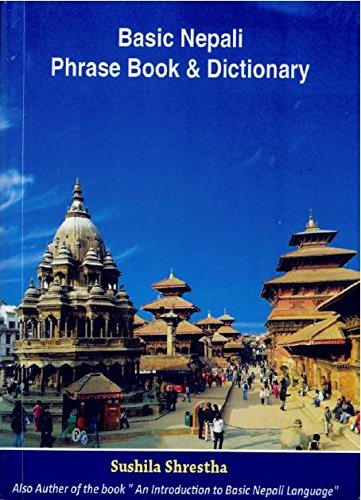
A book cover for Basic Nepali Phrase Book & Dictionary (Nepali language); Sushila Shrestha; Travel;